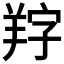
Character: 𦍺